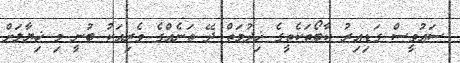
ސައުވީސް ގަޑިއިރު ކާބޯތަކެތީގެ ޚިދުމަތް ދޭ ތަނެއްގެ ވެރިއަކު ބުނީ މި ޚިޔާލަށް